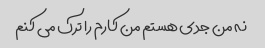
نه من جدی هستم من کارم را ترک می کنم